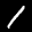
Label: 1